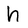
Character: h